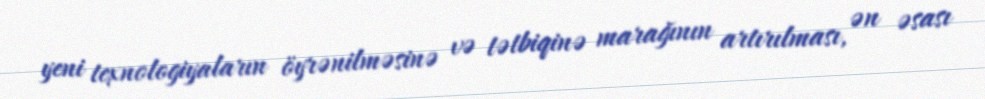
yeni texnologiyaların öyrənilməsinə və tətbiqinə marağının artırılması, ən əsası